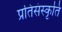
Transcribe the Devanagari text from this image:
प्रतिसंस्कृति